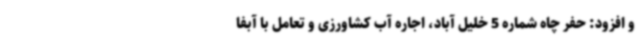
و افزود: حفر چاه شماره 5 خلیل آباد، اجاره آب کشاورزی و تعامل با آبفا